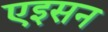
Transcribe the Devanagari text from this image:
एइसन